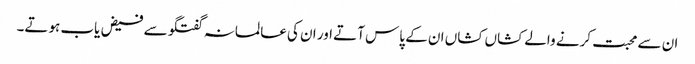
ان سے محبت کرنے والے کشاں کشاں ان کے پاس آتے اور ان کی عالمانہ گفتگو سے فیض یاب ہوتے۔